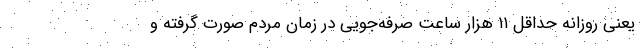
یعنی روزانه حداقل ۱۱ هزار ساعت صرفه‌جویی در زمان مردم صورت گرفته و